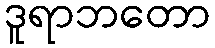
ဒူရာဘတော